Annual administration report of the Civil Veterinary Department of India - 1898-1899
Year: 1898
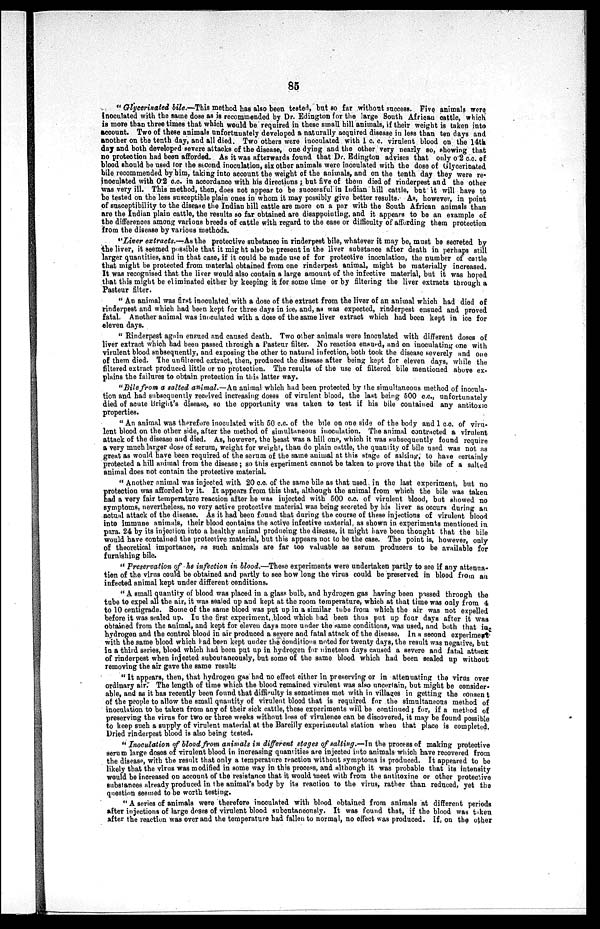
85
"Glycerinated bile.—This method has also been tested, but so far without success. Five animals were
inoculated with the same dose as is recommended by Dr. Edington for the large South African cattle, which
is more than three times that which would be required in these small hill animals, if their weight is taken into
account. Two of these animals unfortunately developed a naturally acquired disease in less than ten days and
another on the tenth day, and all died. Two others were inoculated with 1 c. c. virulent blood on the 14th
day and both developed severe attacks of the disease, one dying and the other very nearly so, showing that
no protection had been afforded. As it was afterwards found that Dr. Edington advises that only 0.2 c.c. of
blood should be used for the second inoculation, six other animals were inoculated with the dose of Glycerinated
bile recommended by him, taking into account the weight of the animals, and on the tenth day they were re-
inoculated with 0.2 c.c. in accordance with his directions; but five of them died of rinderpest and the other
was very ill. This method, then, does not appear to be successful in Indian hill cattle, but it will have to
be tested on the less susceptible plain ones in whom it may possibly give better results. As, however, in point
of susceptibility to the disease the Indian bill cattle are more on a par with the South African animals than
are the Indian plain cattle, the results so far obtained are disappointing, and it appears to be an example of
the differences among various breeds of cattle with regard to the ease or difficulty of affording them protection
from the disease by various methods.
"Liver extracts.—As the protective substance in rinderpest bile, whatever it may be, must be secreted by
the liver, it seemed possible that it might also be present in the liver substance after death in perhaps still
larger quantities, and in that case, if it could be made use of for protective inoculation, the number of cattle
that might be protected from material obtained from one rinderpest animal, might be materially increased.
It was recognised that the liver would also contain a large amount of the infective material, but it was hoped
that this might be eliminated either by keeping it for some time or by filtering the liver extracts through a
Pasteur filter.
"An animal was first inoculated with a dose of the extract from the liver of an animal which had died of
rinderpest and which had been kept for three days in ice, and, as was expected, rinderpest ensued and proved
fatal. Another animal was inoculated with a dose of the same liver extract which had been kept in ice for
eleven days.
"Rinderpest again ensued and caused death. Two other animals were inoculated with different doses of
liver extract which had been passed through a Pasteur filter. No reaction ensued, and on inoculating one with
virulent blood subsequently, and exposing the other to natural infection, both took the disease severely and one
of them died. The unfiltered extract, then, produced the disease after being kept for eleven days, while the
filtered extract produced little or no protection. The results of the use of filtered bile mentioned above ex-
plains the failures to obtain protection in this latter way.
"Bile from a salted animal.—An animal which had been protected by the simultaneous method of inocula-
tion and had subsequently received increasing doses of virulent blood, the last being 500 c.c., unfortunately
died of acute Bright's disease, so the opportunity was taken to test if his bile contained any antitoxic
properties.
"An animal was therefore inoculated with 50 c.c. of the bile on one side of the body and 1 c.c. of viru-
lent blood on the other side, after the method of simultaneous inoculation. The animal contracted a virulent
attack of the disease and died. As, however, the beast was a hill one, which it was subsequently found require
a very much larger dose of serum, weight for weight, than do plain cattle, the quantity of bile used was not as
great as would have been required of the serum of the same animal at this stage of salsing, to have certainly
protected a hill animal from the disease; so this experiment cannot be taken to prove that the bile of a salted
animal does not contain the protective material.
"Another animal was injected with 20 c.c. of the same bile as that used in the last experiment, but no
protection was afforded by it. It appears from this that, although the animal from which the bile was taken
had a very fair temperature reaction after he was injected with 500 c.c. of virulent blood, but showed no
symptoms, nevertheless, no very active protective material was being secreted by his liver as occurs during an
actual attack of the disease. As it had been found that during the course of these injections of virulent blood
into immune animals, their blood contains the active infective material, as shown in experiments mentioned in
para. 24 by its injection into a healthy animal producing the disease, it might have been thought that the bile
would have contained the protective material, but this appears not to be the case. The point is, however, only
of theoretical importance, as such animals are far too valuable as serum producers to be available for
furnishing bile.
"Preservation of he infection in blood.—These experiments were undertaken partly to see if any attenua-
tion of the virus could be obtained and partly to see how long the virus could be preserved in blood from an
infected animal kept under different conditions.
"A small quantity of blood was placed in a glass bulb, and hydrogen gas having been passed through the
tube to expel all the air, it was sealed up and kept at the room temperature, which at that time was only from 4
to 10 centigrade. Some of the same blood was put up in a similar tube from which the air was not expelled
before it was sealed up. In the first experiment, blood which had been thus put up four days after it was
obtained from the animal, and kept for eleven days more under the same conditions, was used, and both that in-
hydrogen and the control blood in air produced a severe and fatal attack of the disease. In a second experiment
with the same blood which had been kept under the conditions noted for twenty days, the result was negative, but
in a third series, blood which had been put up in hydrogen for nineteen days caused a severe and fatal attack
of rinderpest when injected subeutaneously, but some of the same blood which had been sealed up without
removing the air gave the same result:
"It appears, then, that hydrogen gas had no effect either in preserving or in attenuating the virus over
ordinary air. The length of time which the blood remained virulent was also uncertain, but might be consider-
able, and as it has recently been found that difficulty is sometimes met with in villages in getting the consent
of the people to allow the small quantity of virulent blood that is required for the simultaneous method of
inoculation to be taken from any of their sick cattle, these experiments will be continued; for, if a method of
preserving the virus for two or three weeks without loss of virulence can be discovered, it may be found possible
to keep such a supply of virulent material at the Bareilly experimental station when that place is completed.
Dried rinderpest blood is also being tested.
"Inoculation of blood from animals in different stages of salting.—In the process of making protective
serum large doses of virulent blood in increasing quantities are injected into animals which have recovered from
the disease, with the result that only a temperature reaction without symptoms is produced. It appeared to be
likely that the virus was modified in some way in this process, and although it was probable that its intensity
would be increased on account of the resistance that it would meet with from the antitoxine or other protective
substances already produced in the animal's body by its reaction to the virus, rather than reduced, yet the
question seemed to be worth testing.
"A series of animals were therefore inoculated with blood obtained from animals at different periods
after injections of large doses of virulent blood subcutaneously. It was found that, if the blood was taken
after the reaction was over and the temperature had fallen to normal, no effect was produced. If, on the other